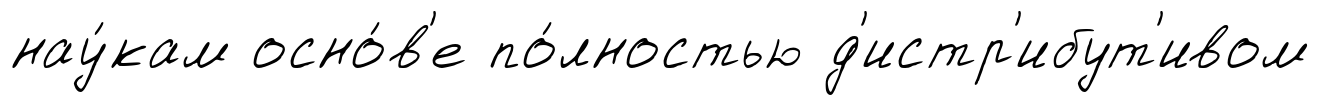
нау́кам осно́в'е по́лностью д'истр'ибут'ивом